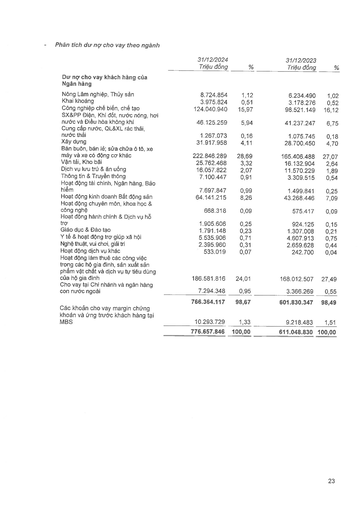
||31/12/2024 Triệu đồng|%|31/12/2023 Triệu đồng|%| |---|---|---|---|---| |Dư nợ cho vay khách hàng của Ngân hàng||||| |Nông Lâm nghiệp, Thủy sản|8.724.854|1,12|6.234.490|1,02| |Khai khoáng|3.975.824|0,51|3.178.276|0,52| |Công nghiệp chế biến, chế tạo|124.040.940|15,97|98.521.149|16,12| |SX&PP Điện, Khí đốt, nước nóng, hơi nước và Điều hòa không khí|46.125.259|5,94|41.237.247|6,75| |Cung cấp nước, QL&XL rác thải, nước thải|1.267.073|0,16|1.075.745|0,18| |Xây dựng|31.917.958|4,11|28.700.450|4,70| |Bán buôn, bán lẻ; sửa chữa ô tô, xe máy và xe có động cơ khác|222.846.289|28,69|165.406.488|27,07| |Vận tải, Kho bãi|25.762.468|3,32|16.132.904|2,64| |Dịch vụ lưu trú & ăn uống|16.057.822|2,07|11.570.229|1,89| |Thông tin & Truyền thông|7.100.447|0,91|3.309.515|0,54| |Hoạt động tài chính, Ngân hàng, Bảo hiểm|7.697.847|0,99|1.499.841|0,25| |Hoạt động kinh doanh Bất động sản|64.141.215|8,26|43.268.446|7,09| |Hoạt động chuyên môn, khoa học & công nghệ|668.318|0,09|575.417|0,09| |Hoạt động hành chính & Dịch vụ hỗ trợ|1.905.606|0,25|924.125|0,15| |Giáo dục & Đào tạo|1.791.148|0,23|1.307.008|0,21| |Y tế & hoạt động trợ giúp xã hội|5.535.906|0,71|4.607.913|0,75| |Nghệ thuật, vui chơi, giải trí|2.395.960|0,31|2.659.628|0,44| |Hoạt động dịch vụ khác|533.019|0,07|242.700|0,04| |Hoạt động làm thuê các công việc trong các hộ gia đình, sản xuất sản phẩm vật chất và dịch vụ tự tiêu dùng của hộ gia đình|186.581.816|24,01|168.012.507|27,49| |Cho vay tại Chi nhánh và ngân hàng con nước ngoài|7.294.348|0,95|3.366.269|0,55| ||766.364.117|98,67|601.830.347|98,49| |Các khoản cho vay margin chứng khoán và ứng trước khách hàng tại MBS|10.293.729|1,33|9.218.483|1,51| ||776.657.846|100,00|611.048.830|100,00|